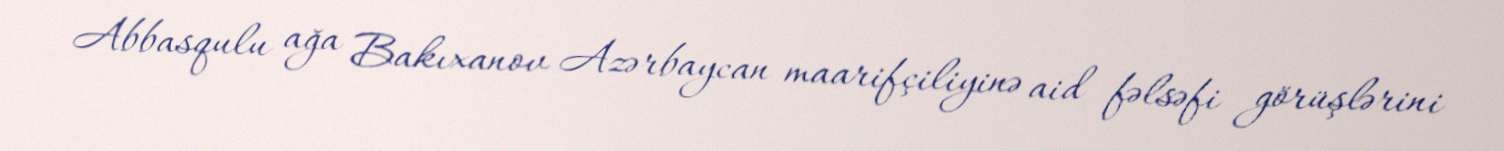
Abbasqulu ağa Bakıxanov Azərbaycan maarifçiliyinə aid fəlsəfi görüşlərini